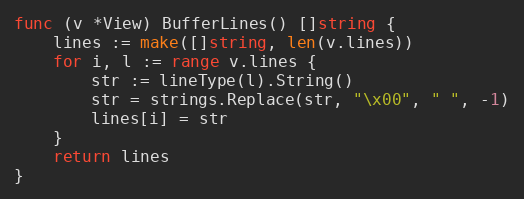
Language: Go
func (v *View) BufferLines() []string {
	lines := make([]string, len(v.lines))
	for i, l := range v.lines {
		str := lineType(l).String()
		str = strings.Replace(str, "\x00", " ", -1)
		lines[i] = str
	}
	return lines
}